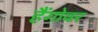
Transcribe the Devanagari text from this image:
हैंगोवर